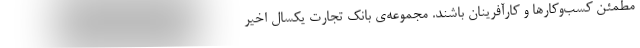
مطمئن کسب‌وکارها و کارآفرینان باشند. مجموعه‌ی بانک تجارت یکسال اخیر